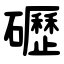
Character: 礰